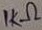
Text: 1KΩ